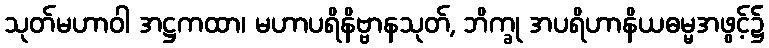
သုတ်မဟာဝါ အဋ္ဌကထာ၊ မဟာပရိနိဗ္ဗာနသုတ်, ဘိက္ခု အပရိဟာနိယဓမ္မအဖွင့်၌